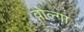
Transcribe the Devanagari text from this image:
वोल्‍गा